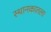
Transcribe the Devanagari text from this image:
स्थानकातला